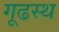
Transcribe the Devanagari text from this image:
गूढस्थ